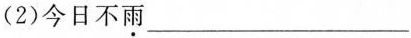
(2)今日不雨___